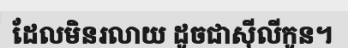
ដែលមិនរលាយ ដូចជាស៊ីលីកូន។